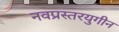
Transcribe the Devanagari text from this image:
नवप्रस्तरयुगीन